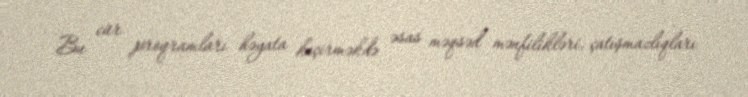
Bu cür proqramları həyata keçirməkdə əsas məqsəd mənfilikləri, çatışmazlıqları